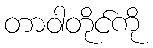
တာဝါတိုင်ကို